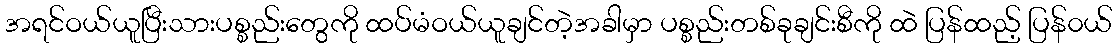
အရင်ဝယ်ယူပြီးသားပစ္စည်းတွေကို ထပ်မံဝယ်ယူချင်တဲ့အခါမှာ ပစ္စည်းတစ်ခုချင်းစီကို ထဲ ပြန်ထည့် ပြန်၀ယ်